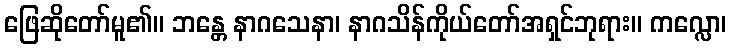
ဖြေဆိုတော်မူ၏။ ဘန္တေ နာဂသေနာ၊ နာဂသိန်ကိုယ်တော်အရှင်ဘုရား။ ကလ္လော၊